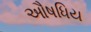
ઔષધિય